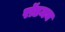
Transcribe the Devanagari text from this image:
रॉडमन